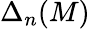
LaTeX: \Delta_{n}(M)